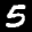
Label: 5